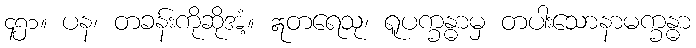
၄၅၁။ ပန၊ တခန်းကိုဆိုအံ့။ ဣတရေသု၊ ရူပက္ခန္ဓာမှ တပါးသောနာမက္ခန္ဓာ